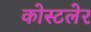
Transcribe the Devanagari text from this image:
कोस्टलेर